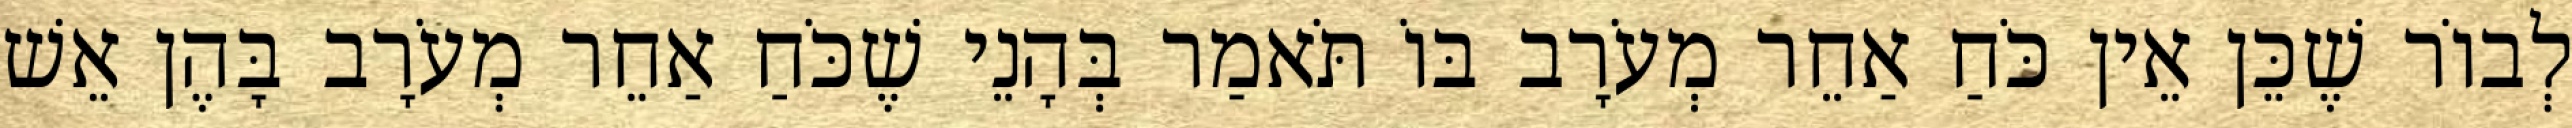
לְבוֹר שֶׁכֵּן אֵין כֹּחַ אַחֵר מְעֹרָב בּוֹ תֹּאמַר בְּהָנֵי שֶׁכֹּחַ אַחֵר מְעֹרָב בָּהֶן אֵשׁ